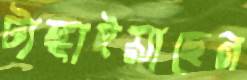
টাঙ্গাইয়াছেন